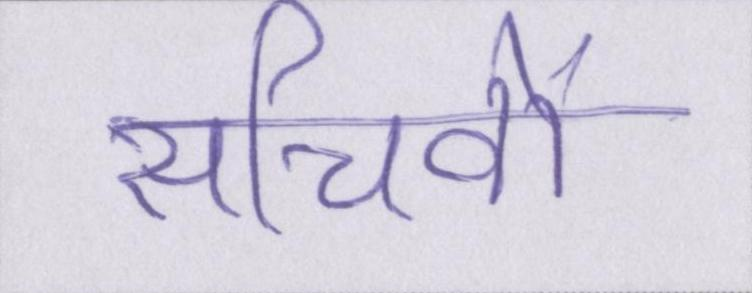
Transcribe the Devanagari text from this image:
सचिवों